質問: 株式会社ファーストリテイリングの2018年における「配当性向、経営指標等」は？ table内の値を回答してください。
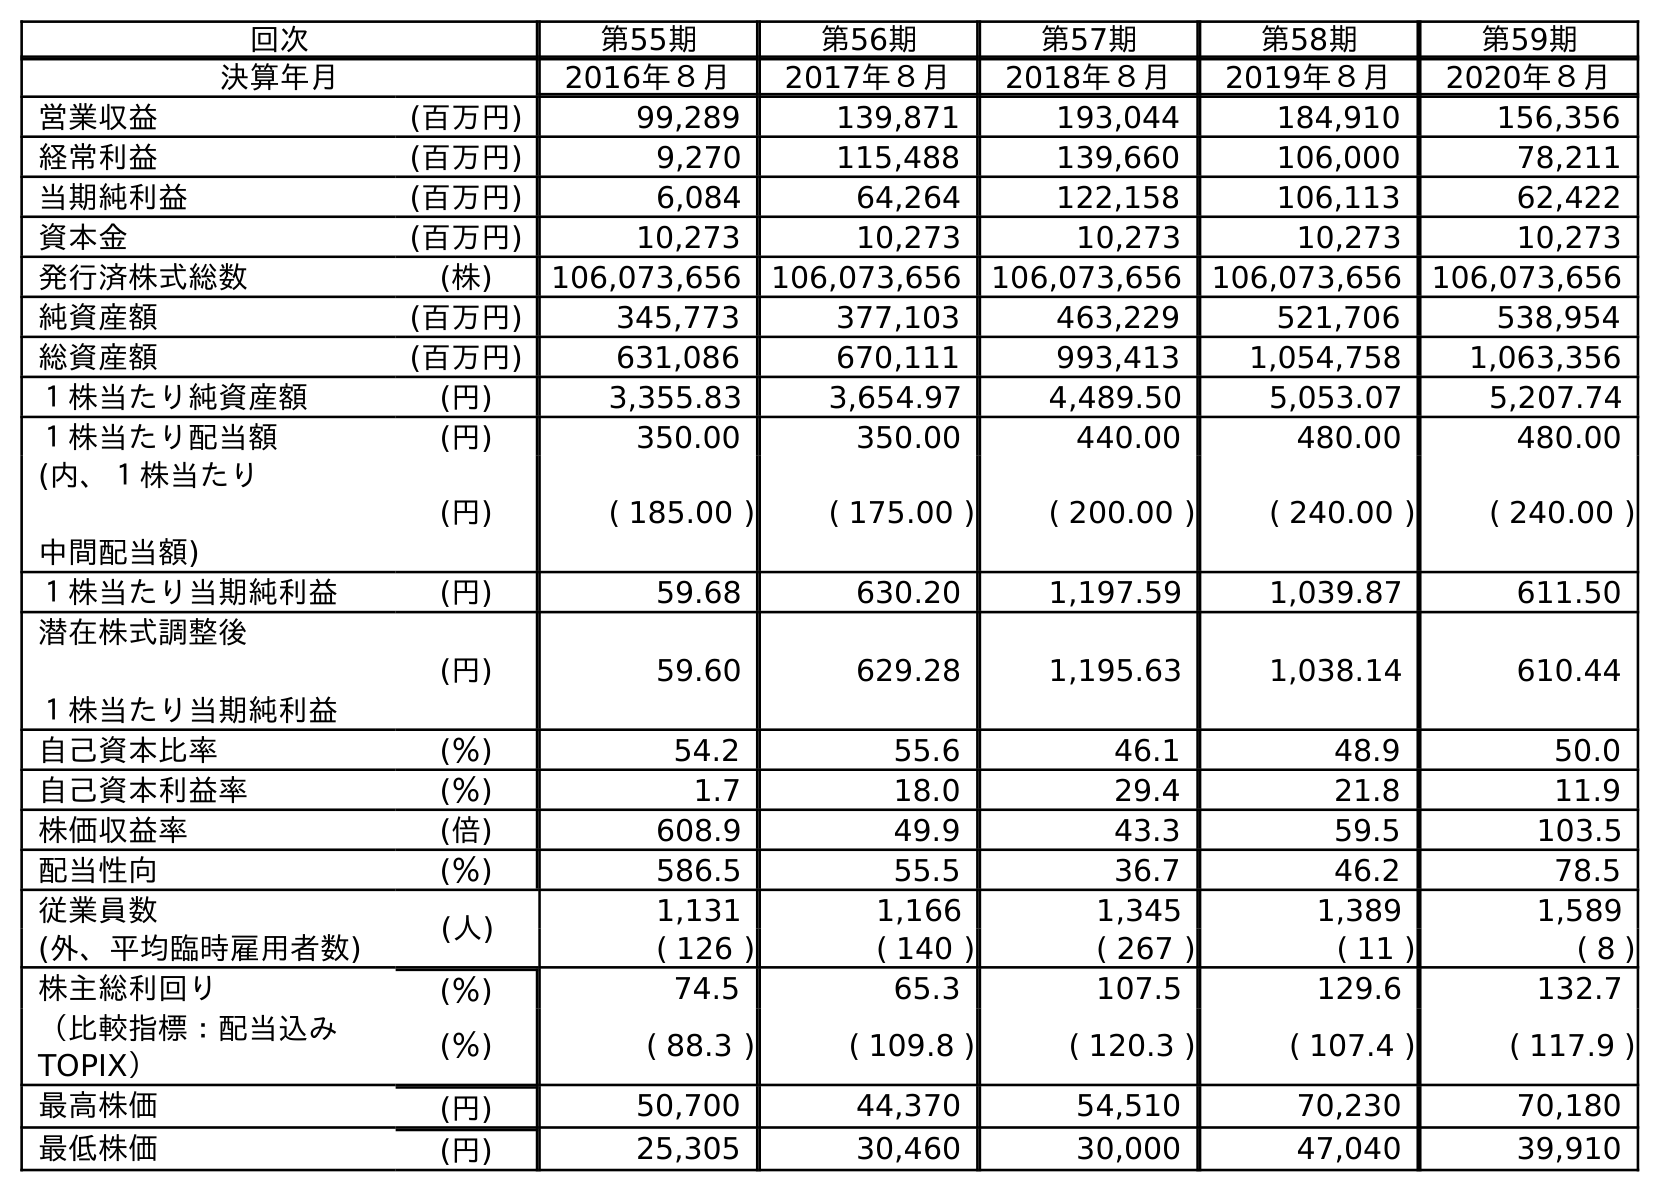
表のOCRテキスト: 回次 第55期 第56期 第57期 第58期 第59期 決算年月 2016年８月 2017年８月 2018年８月 2019年８月 2020年８月 営業収益 (百万円) 99,289 139,871 193,044 184,910 156,356 経常利益 (百万円) 9,270 115,488 139,660 106,000 78,211 当期純利益 (百万円) 6,084 64,264 122,158 106,113 62,422 資本金 (百万円) 10,273 10,273 10,273 10,273 10,273 発行済株式総数 (株) 106,073,656 106,073,656 106,073,656 106,073,656 106,073,656 純資産額 (百万円) 345,773 377,103 463,229 521,706 538,954 総資産額 (百万円) 631,086 670,111 993,413 1,054,758 1,063,356 １株当たり純資産額 (円) 3,355.83 3,654.97 4,489.50 5,053.07 5,207.74 １株当たり配当額 (円) 350.00 350.00 440.00 480.00 480.00 (内、１株当たり 中間配当額) (円) ( 185.00 ) ( 175.00 ) ( 200.00 ) ( 240.00 ) ( 240.00 ) １株当たり当期純利益 (円) 59.68 630.20 1,197.59 1,039.87 611.50 潜在株式調整後 １株当たり当期純利益 (円) 59.60 629.28 1,195.63 1,038.14 610.44 自己資本比率 (％) 54.2 55.6 46.1 48.9 50.0 自己資本利益率 (％) 1.7 18.0 29.4 21.8 11.9 株価収益率 (倍) 608.9 49.9 43.3 59.5 103.5 配当性向 (％) 586.5 55.5 36.7 46.2 78.5 従業員数 (人) 1,131 1,166 1,345 1,389 1,589 (外、平均臨時雇用者数) ( 126 ) ( 140 ) ( 267 ) ( 11 ) ( 8 ) 株主総利回り (％) 74.5 65.3 107.5 129.6 132.7 （比較指標：配当込み TOPIX） (％) ( 88.3 ) ( 109.8 ) ( 120.3 ) ( 107.4 ) ( 117.9 ) 最高株価 (円) 50,700 44,370 54,510 70,230 70,180 最低株価 (円) 25,305 30,460 30,000 47,040 39,910
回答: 36.7